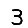
Digit: 3